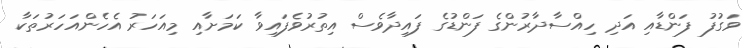
ވަގުފު ފަންޑާއި އަދި ހިއްސާދާރުންގެ ފަންޑުގެ ފައިދާވެސް އިތުރުވެފައިވާ ކަމަށާއި މިއަހަރު އެހެންއަހަރުތަކާ